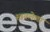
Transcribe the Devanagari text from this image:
स्त्रवलेला